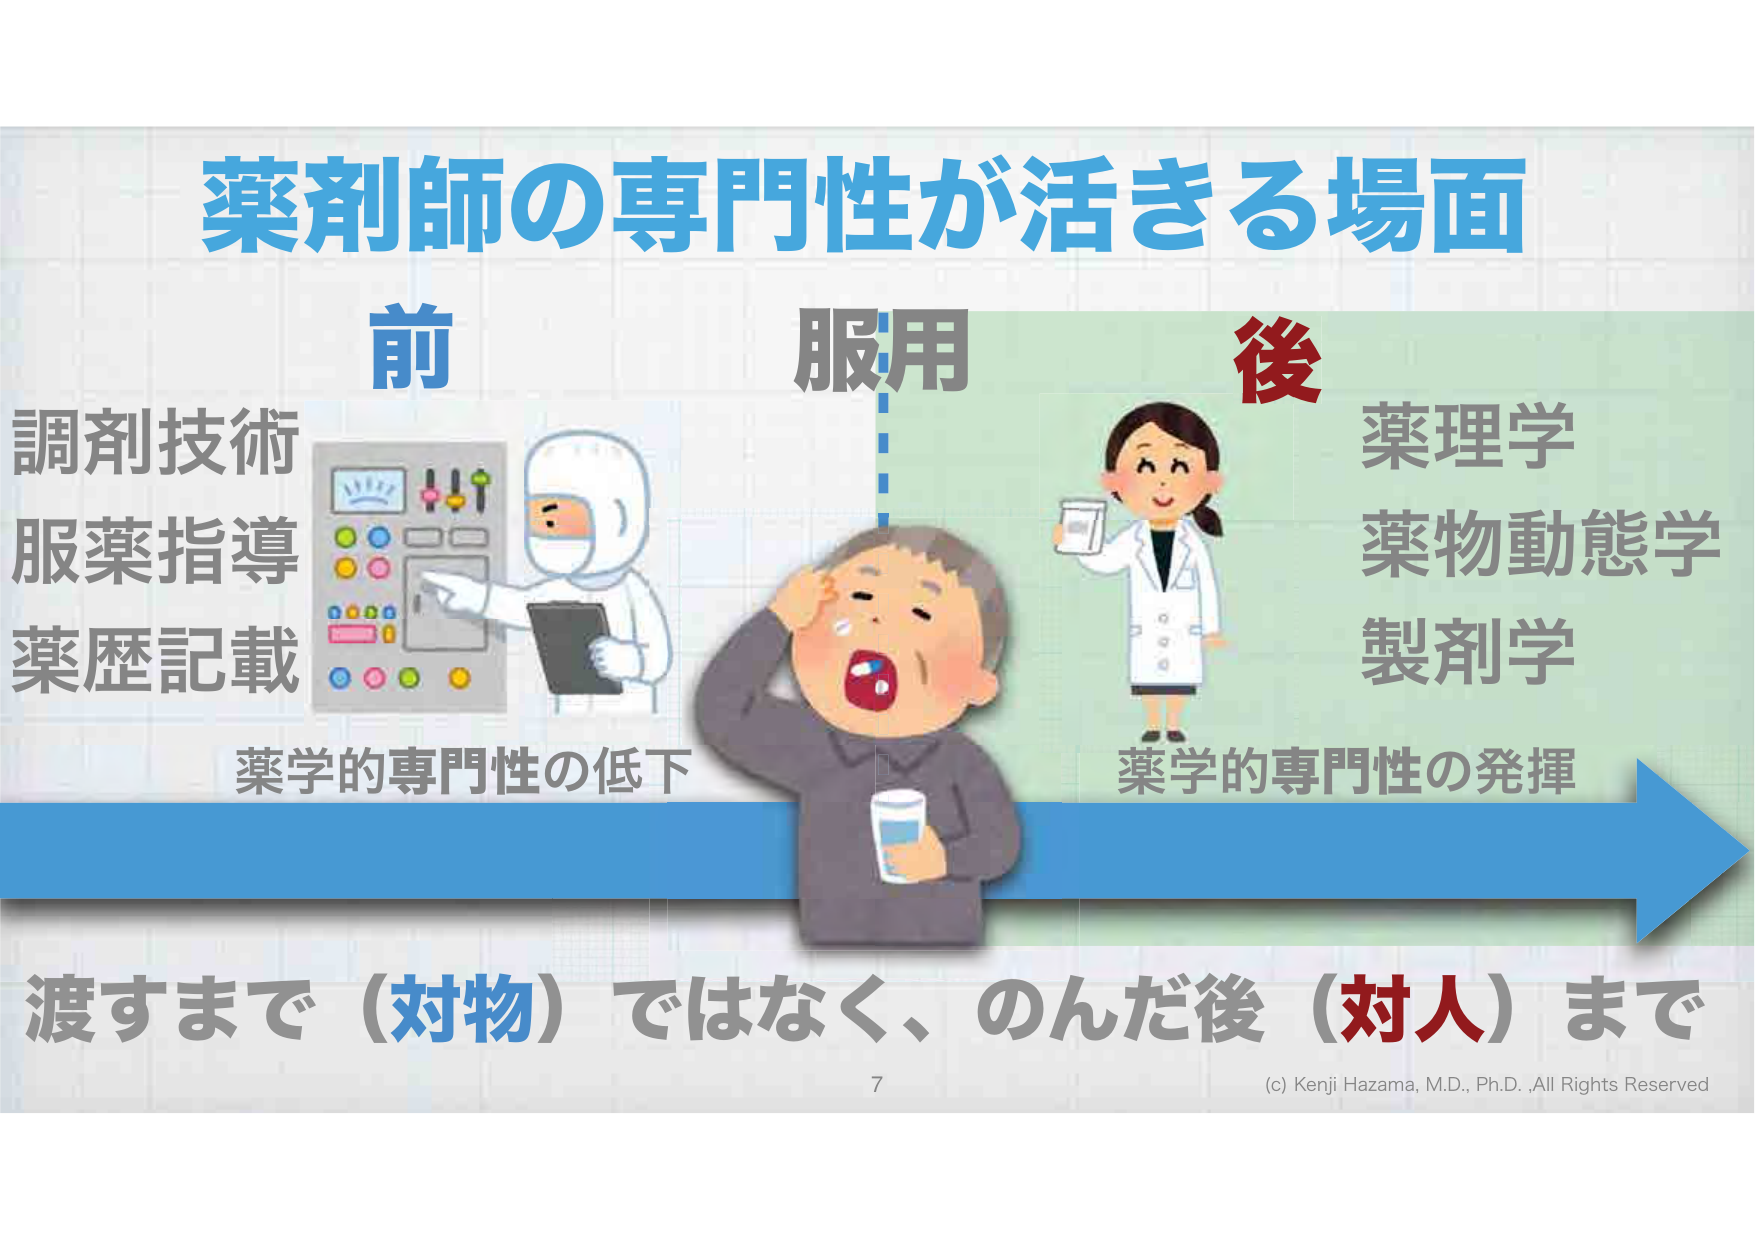
薬剤師の専門性が活きる場面
前
調剤技術
服薬指導
薬歴記載
薬学的専門性の低下
服用
後
薬理学
薬物動態学
製剤学
薬学的専門性の発揮
渡すまで（対物）ではなく、のんだ後（対人）まで
7
(c) Kenji Hazama, M.D., Ph.D., All Rights Reserved